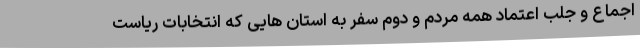
اجماع و جلب اعتماد همه مردم و دوم سفر به استان هایی که انتخابات ریاست